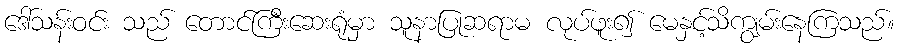
ဒေါ်သန်းဝင်း သည် တောင်ကြီးဆေးရုံမှာ သူနာပြုဆရာမ လုပ်ဖူး၍ မေနှင့်သိကျွမ်းနေကြသည်။